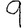
Digit: 9